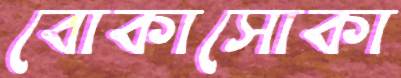
বোকাসোকা